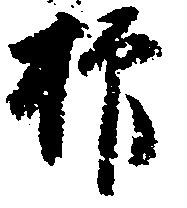
抑